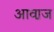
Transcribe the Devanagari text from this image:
आवा़ज